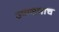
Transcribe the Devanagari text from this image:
उपासनाच